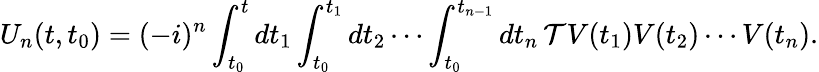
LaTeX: U_{n}(t,t_{0})=(-i)^{n}\int_{t_{0}}^{t}dt_{1}\int_{t_{0}}^{t_{1}}dt_{2}\cdots\int_{t_{0}}^{t_{n-1}}dt_{n}\, {\mathcal{T}}V(t_{1})V(t_{2})\cdots V(t_{n}).